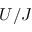
U / J